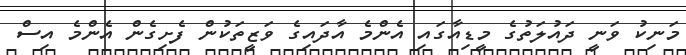
މަނިކު ވަނީ ދައުލަތުގެ މީޑިއާގައި އެންމެ އާދައިގެ ވަޒީތަކުން ފެށިގެން އެންމެ އިސް